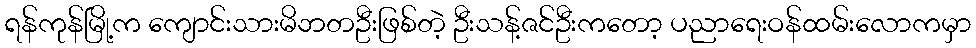
ရန်ကုန်မြို့က ကျောင်းသားမိဘတဦးဖြစ်တဲ့ ဦးသန့်ဇင်ဦးကတော့ ပညာရေးဝန်ထမ်းလောကမှာ